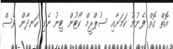
އޮތް ގޮތް ފެނުނު ކަމަށާއި ސުޕްރީމް ކޯޓުން ޓިނު ނެގި ހަނދާން ވެސް